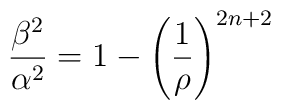
\frac{\beta^2}{\alpha^2}=1-\left(\frac{1}{\rho}\right)^{2n+2}